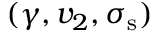
( \gamma , v _ { 2 } , \sigma _ { \mathrm { s } } )